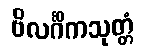
ဗိလင်္ဂိကသုတ္တံ